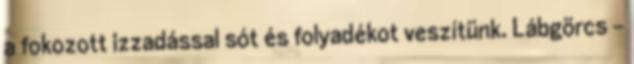
a fokozott izzadással sót és folyadékot veszítünk. Lábgörcs –